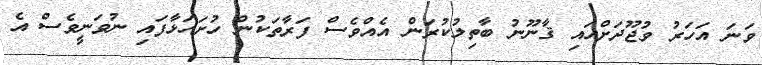
ވަނަ އަހަރު ވުޖޫދަށްއައި ޤާނޫނު ބާތިލުކުރަން އެއްވެސް ފަރާތަކުން ހުށަހަޅާފައި ނުވަނީވެސް އެ